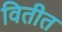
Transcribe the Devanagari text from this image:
वितीत